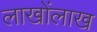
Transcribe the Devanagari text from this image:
लाखोंलाख